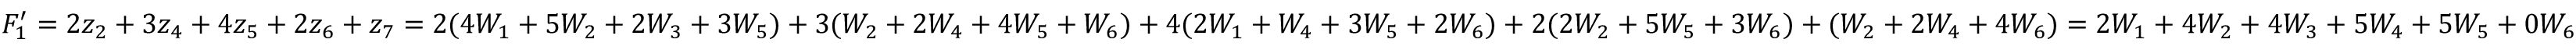
F _ { 1 } ^ { \prime } = 2 z _ { 2 } + 3 z _ { 4 } + 4 z _ { 5 } + 2 z _ { 6 } + z _ { 7 } = 2 ( 4 W _ { 1 } + 5 W _ { 2 } + 2 W _ { 3 } + 3 W _ { 5 } ) + 3 ( W _ { 2 } + 2 W _ { 4 } + 4 W _ { 5 } + W _ { 6 } ) + 4 ( 2 W _ { 1 } + W _ { 4 } + 3 W _ { 5 } + 2 W _ { 6 } ) + 2 ( 2 W _ { 2 } + 5 W _ { 5 } + 3 W _ { 6 } ) + ( W _ { 2 } + 2 W _ { 4 } + 4 W _ { 6 } ) = 2 W _ { 1 } + 4 W _ { 2 } + 4 W _ { 3 } + 5 W _ { 4 } + 5 W _ { 5 } + 0 W _ { 6 }